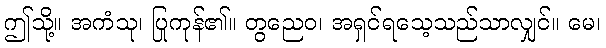
ဤသို့။ အကံသု၊ ပြုကုန်၏။ တွညေဝ၊ အရှင်ရသေ့သည်သာလျှင်။ မေ၊